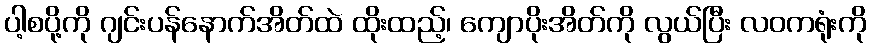
ပါ့စပို့ကို ဂျင်းပန်နောက်အိတ်ထဲ ထိုးထည့်၊ ကျောပိုးအိတ်ကို လွယ်ပြီး လဝကရုံးကို